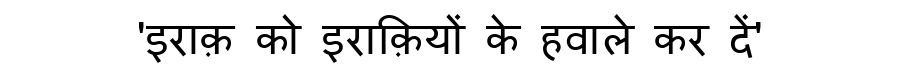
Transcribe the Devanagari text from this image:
'इराक़ को इराक़ियों के हवाले कर दें'